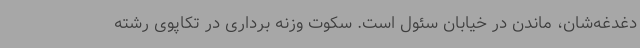
دغدغه‌شان، ماندن در خیابان سئول است. سکوت وزنه برداری در تکاپوی رشته